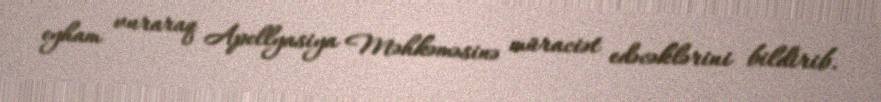
eyham vuraraq Apellyasiya Məhkəməsinə müraciət edəcəklərini bildirib.